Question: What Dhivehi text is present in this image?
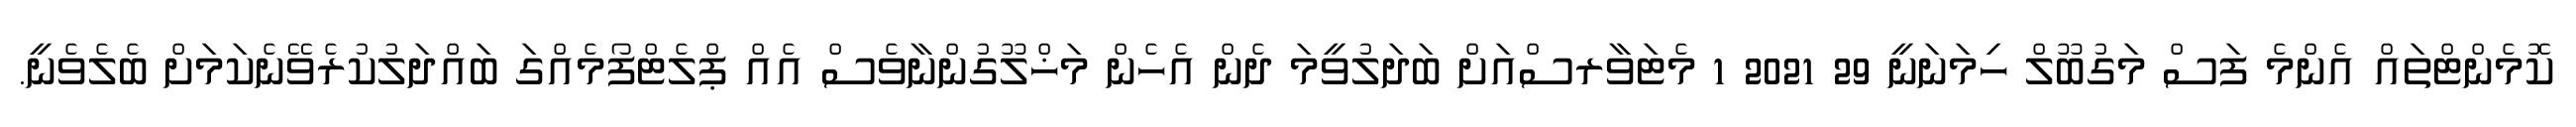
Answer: ކޮމެންޓްތައް އެންމެ ފަސް މަގުބޫލް ހިމަނަނީ 29 2021 1 މެޓަވާރސްއަށް ބަދަލުވީމަ ދެން އެހެން މަޚްލޫގުންނާވެސް އެއް ޕްލެޓްފޯމެއްގަ ބައްދަލުކުރެވޭނެކަމަށް ބެލެވެނީ.